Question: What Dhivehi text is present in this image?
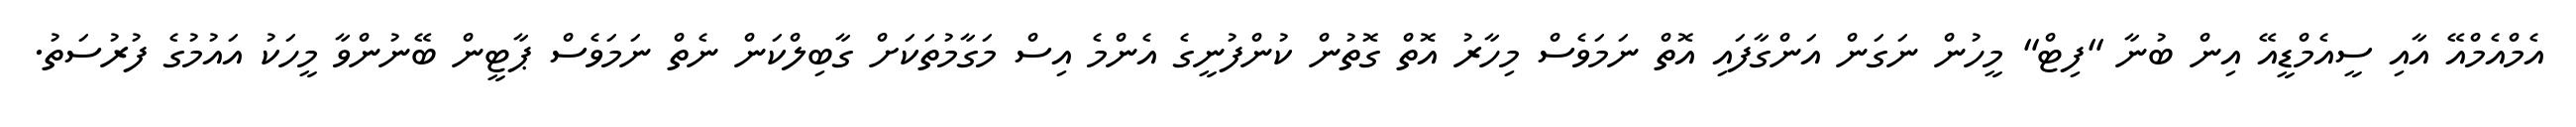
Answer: އެމްއެމްއޭ އާއި ސީއެމްޑީއޭ އިން ބުނާ "ފިޓް" މީހުން ނަގަން އަންގާފައި އޮތް ނަމަވެސް މިހާރު އޮތް ގޮތުން ކުންފުނީގެ އެންމެ އިސް މަގާމުތަކަށް ގާބިލްކަން ނެތް ނަމަވެސް ޕާޓީން ބޭނުންވާ މީހަކު އައުމުގެ ފުރުސަތު.